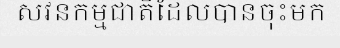
សវនកម្មជាតិដែលបានចុះមក